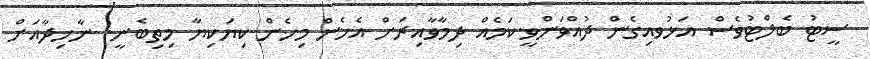
ސީޓު ބެލްޓުވެސް އަޅުވއިގެން ދުއްވަންވީ.ކަމެއް ދިމާވާއިރަށް އެހެން މިހެން ކިޔަކިޔާ މިތިބެނީ. ނާހިދާއަށް